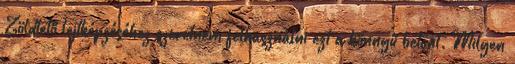
Zöldtető lejtképzéséhez szeretném felhasználni ezt a könnyű betont. Milyen